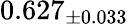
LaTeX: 0.627_{\pm 0.033}